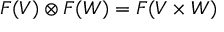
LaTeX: F ( V ) \otimes F ( W ) = F ( V \times W )